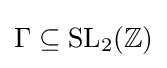
\Gamma \subseteq \mathrm {SL} _{2}(\mathbb {Z} )